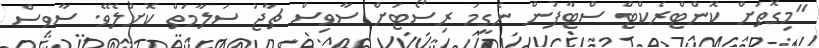
"މިގޮތަށް ކޮންޓްރެކްޓް ސްޓާފުން ނެގީމަ ރިސޯޓަށް ސާވިސް ޗާޖު ސަލާމަތް ކޮށްލެވޭ. ސާވިސް